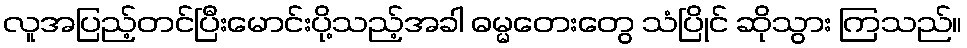
လူအပြည့်တင်ပြီးမောင်းပို့သည့်အခါ ဓမ္မတေးတွေ သံပြိုင် ဆိုသွား ကြသည်။